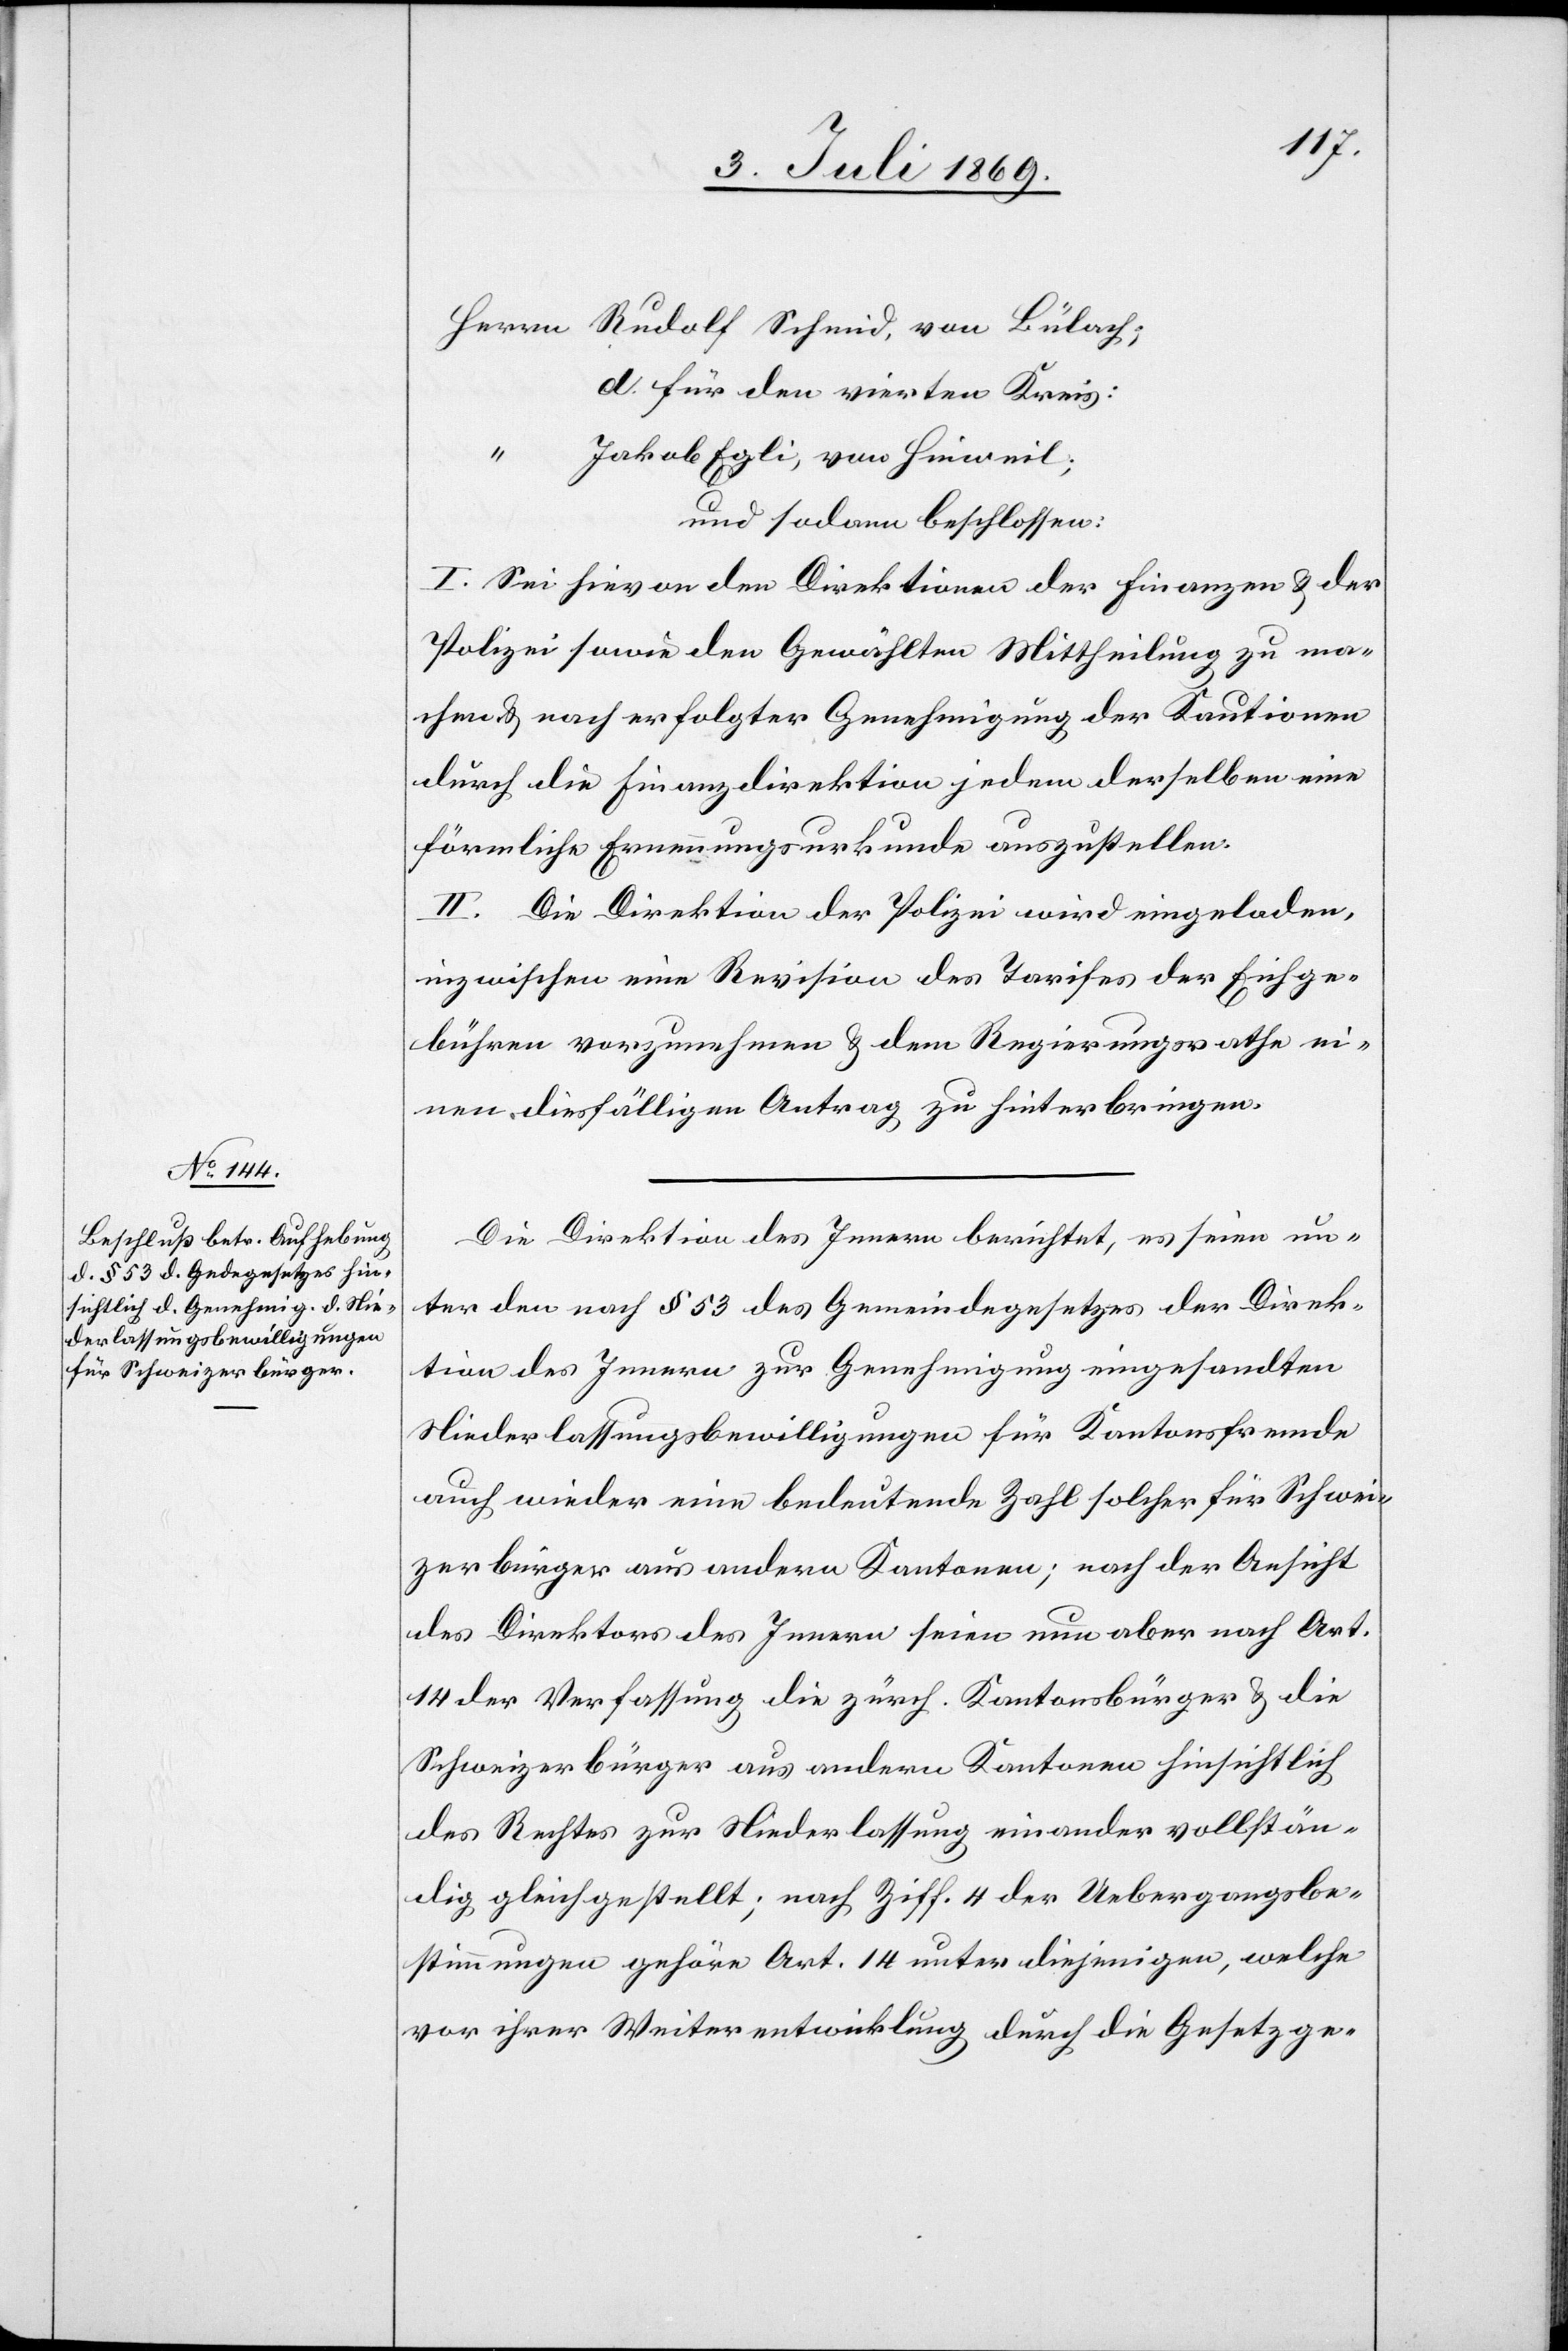
[Herrn] Rudolf Schmid, von Bülach;
d. für den vierten Kreis:
Jakob Egli, von Hinweil;
und sodann beschlossen:
I. Sei hievon den Direktionen der Finanzen u. der
Polizei sowie den Gewählten Mittheilung zu ma¬
chen u. nach erfolgter Genehmigung der Kautionen
durch die Finanzdirektion jedem derselben eine
förmliche Ernennungsurkunde auszustellen.
II. Die Direktion der Polizei wird eingeladen,
inzwischen eine Revision des Tarifes der Eichge¬
bühren vorzunehmen u. dem Regierungsrathe ei¬
nen diesfälligen Antrag zu hinterbringen.
Die Direktion des Innern berichtet, es seien un¬
ter den nach § 53 des Gemeindegesetzes der Direk¬
tion des Innern zur Genehmigung eingesandten
Niederlaßungsbewilligungen für Kantonsfremde
auch wieder eine bedeutende Zahl solcher für Schwei¬
zerbürger aus andern Kantonen; nach der Ansicht
der Direktion des Innern seien nun aber nach Art.
14 der Verfassung die zürch. Kantonsbürger u. die
Schweizerbürger aus andern Kantonen hinsichtlich
des Rechtes zur Niederlassung einander vollstän¬
dig gleichgestellt, nach Ziff. 4 der Uebergangsbe¬
stimmungen gehöre Art. 14 unter diejenigen, welche
vor ihrer Weiterentwicklung durch die Gesetzge-